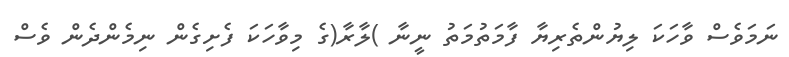
ނަމަވެސް ވާހަކަ ލިޔުންތެރިޔާ ފާމަތުމަތު ނީނާ )ލާރާ(ގެ މިވާހަކަ ފެށިގެން ނިމެންދެން ވެސް